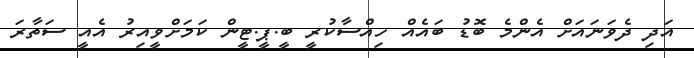
އަދި ދެވަނައަށް އެންމެ ބޮޑު ބައެއް ހިއްސާކުރީ ބީ.ޕީ.ޓީން ކަމަށްވީއިރު އެއީ ސަތާރަ